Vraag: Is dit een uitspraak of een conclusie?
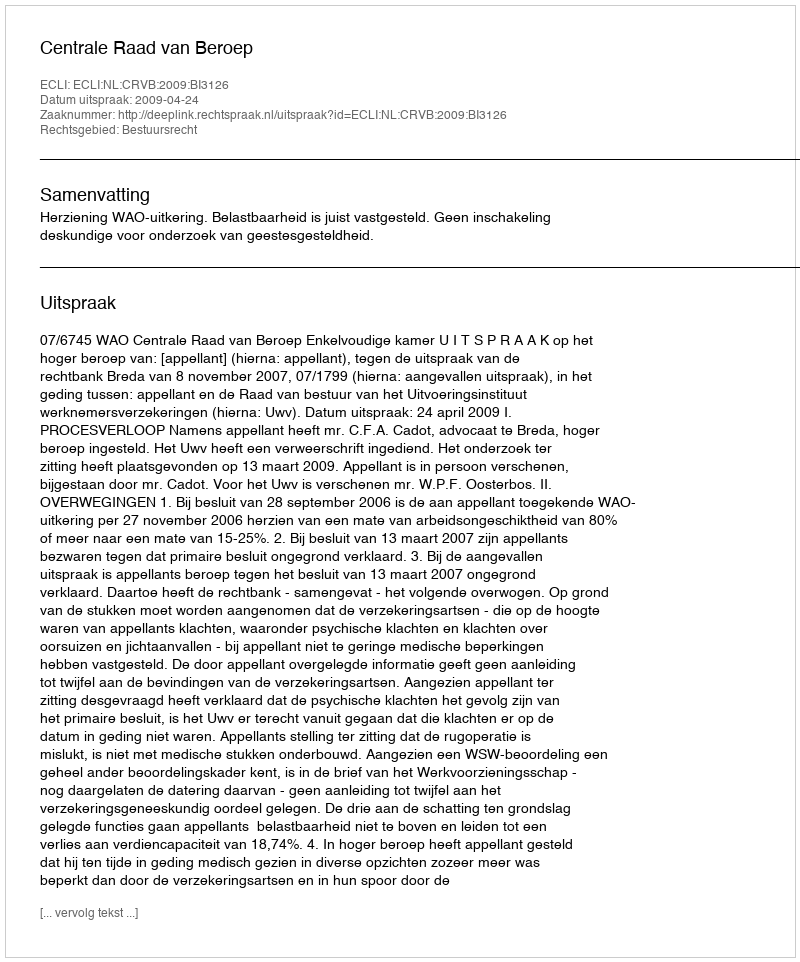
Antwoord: Uitspraak